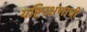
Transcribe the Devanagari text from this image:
यष्टिरक्षणाची